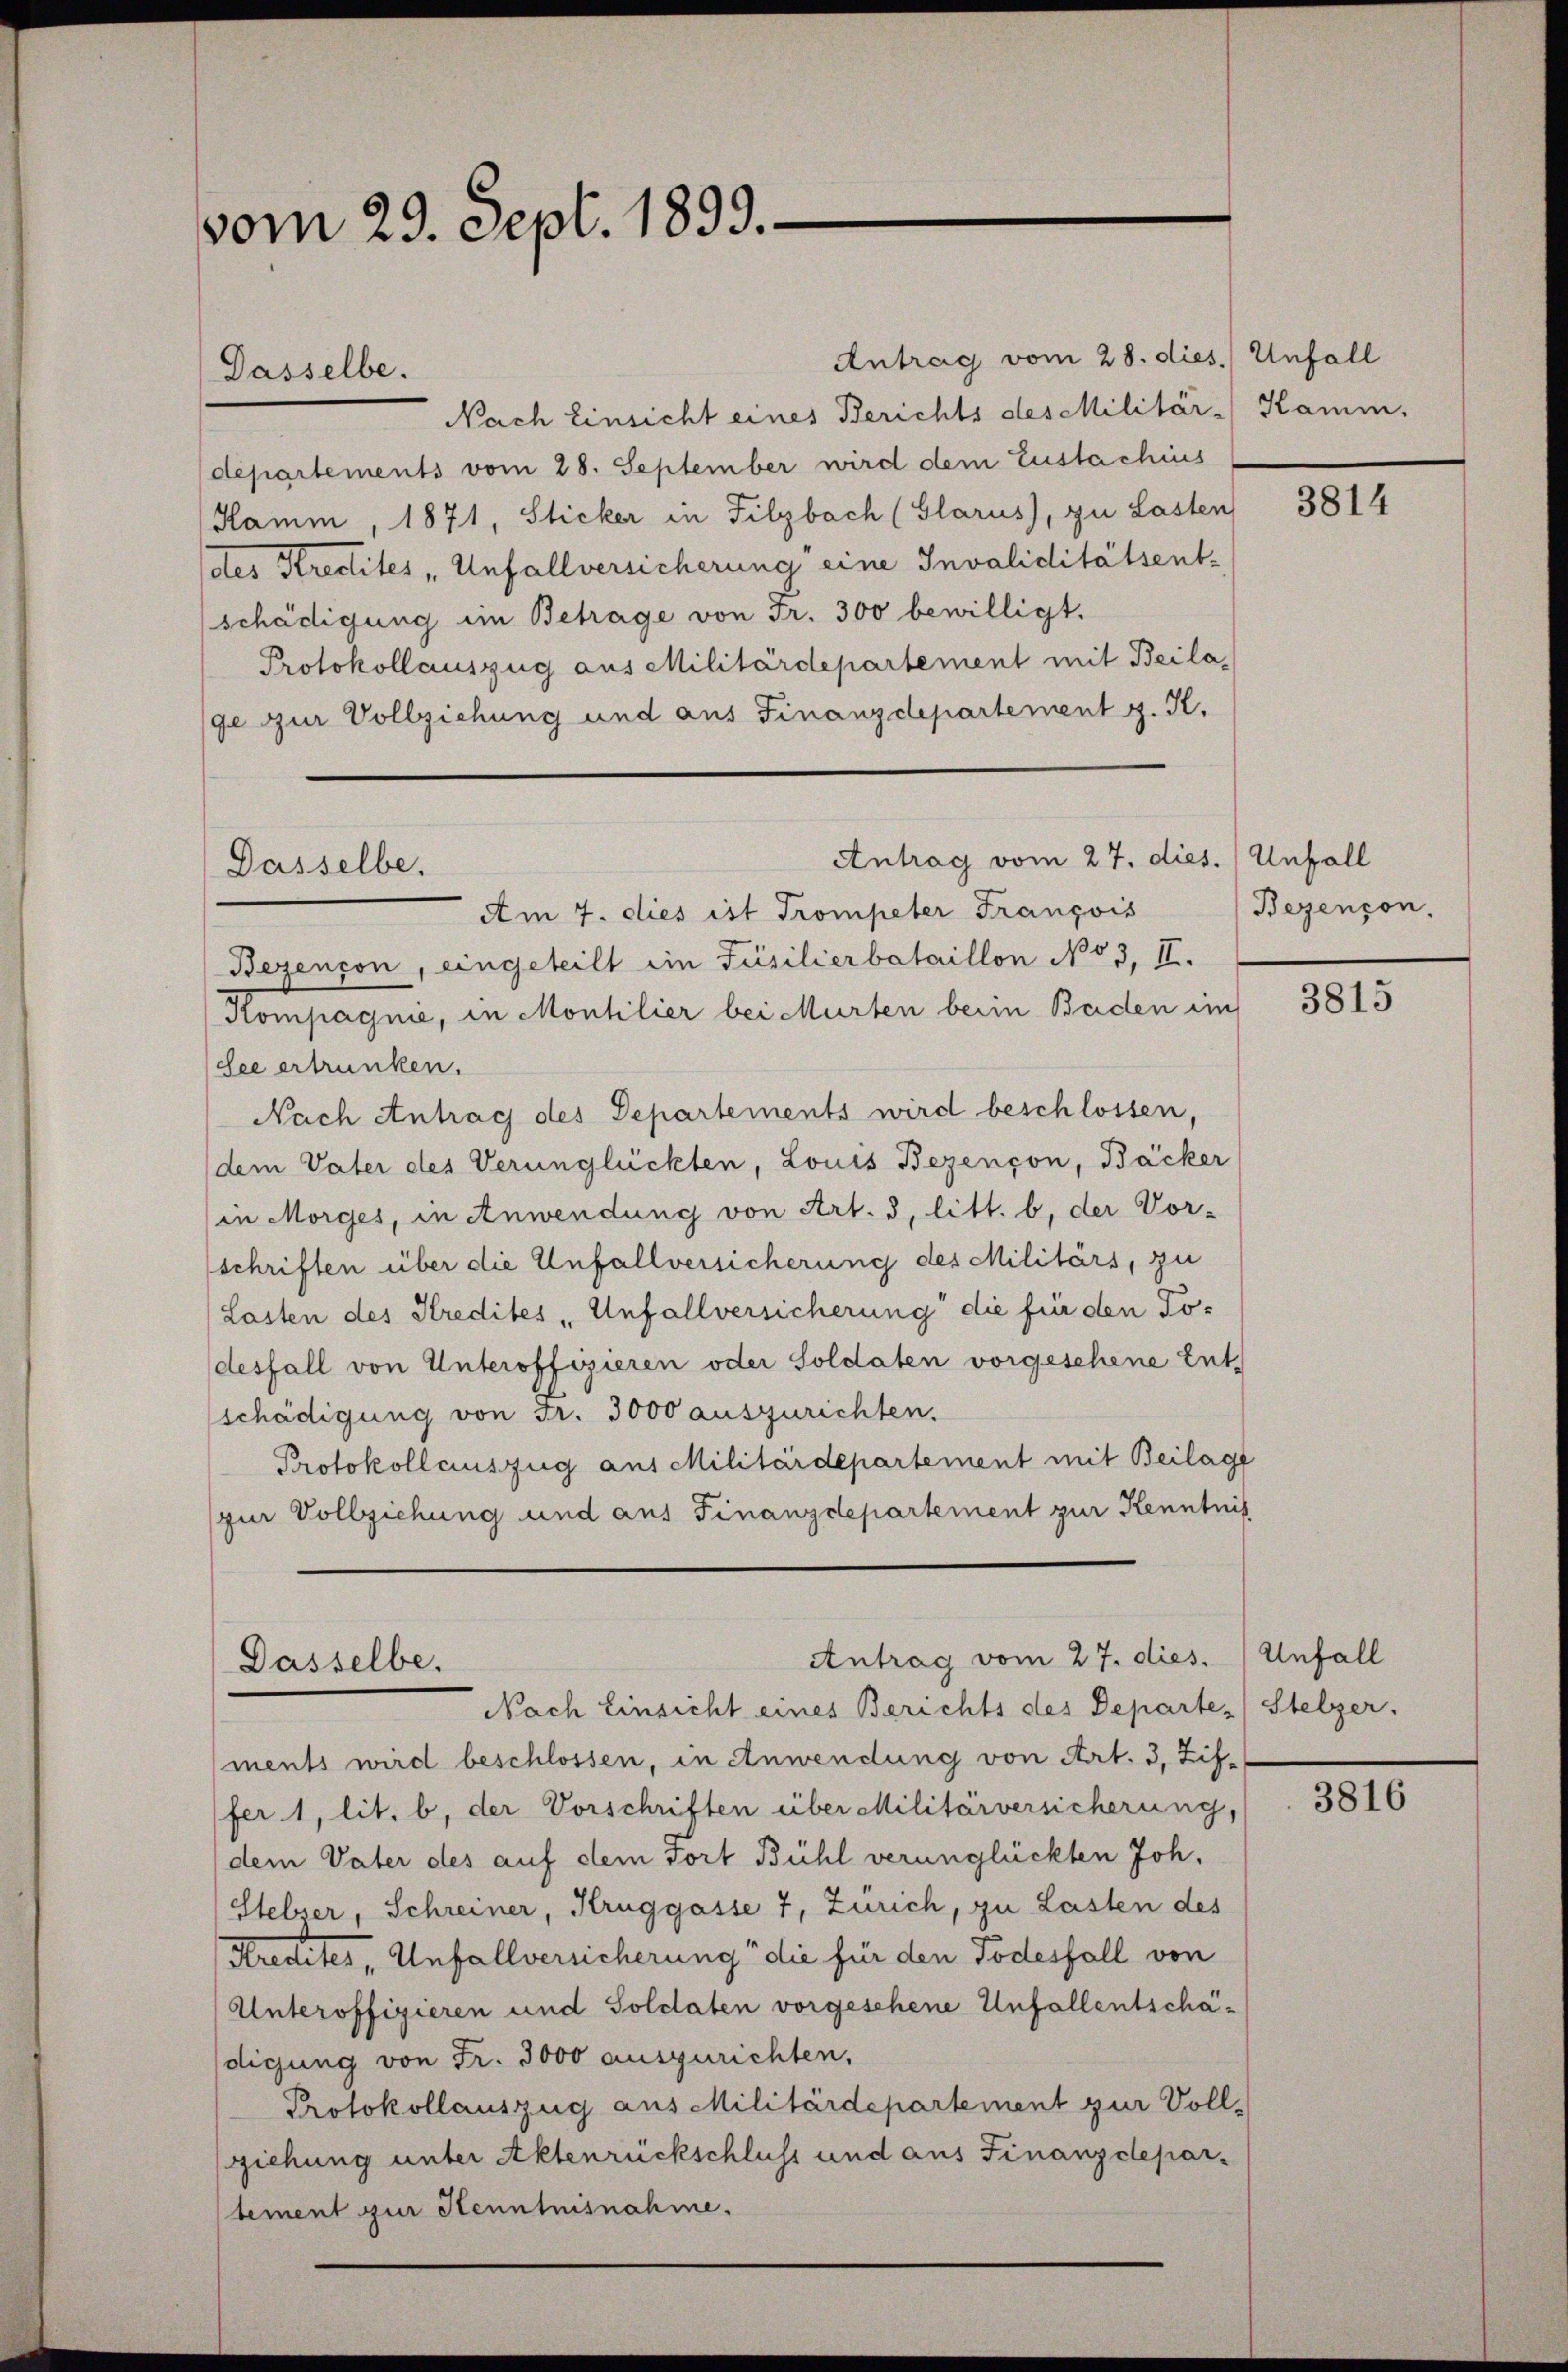
vom 29. Sept. 1899.

Dasselbe.

Dasselbe.

Antrag vom 28. dies Unfall
Nach Einsicht eines Berichts des Militär-Kamm.
departements vom 28. September wird dem Eustachius
Hamm, 1871, Sticker in Filzbach (Glarus), zu Lasten
des Kredites „Unfallversicherung eine Invaliditätsentschädigung im Betrage von Fr. 300 bewilligt.
Protokollauszug aus Militärdepartement mit Beila,
ge zur Vollziehung und aus Finanzdepartement z. K.
Am 7. dies ist Trompeter François
Bezencon, eingeteilt ein Päsilierbataillon No 3, II.
Kompagnie, in Monsilier bei Murten beim Baden im
dee ertrunken.
Nach Antrag des Departements wird beschlossen,
dem Vater des Verunglückten, Louis Bezençon, Bäcker
in Morges, in Anwendung von Art. 3, litt. b, der Vor-
schriften über die Unfallversicherung des Militärs, zu
Lasten des Kredites „Unfallversicherung die für den Todesfall von Unteroffizieren oder Soldaten vorgeschene Ent-
schädigung von Fr. 3000 auszurichten.
Protokollauszug aus Militärdepartement mit Beilage
zur Vollziehung und aus Finanzdepartement zur Kenntnis

Antrag vom 27. dies. Unfall

Dasselbe.

Antrag vom 27. dies. / Unfall

Nach Einsicht eines Berichts des Departe / Stelzer.
ments wird beschlossen, in Anwendung von Art. 3, Zif-
fer 1, lit. b, der Vorschriften über Militärversicherung,
dem Vater des auf dem Fort Bühl verunglückten Joh.
Stebser, Schreiner, Kruggasse 7, Zürich, zu Lasten des
Kredites Unfallversicherung" die für den Todesfall von
Unteroffizieren und Soldaten vorgesehene Unfallentschädigung von Fr. 3000 auszurichten,
Protokollauszug aus Militärdepartement zur Voll-
ziehung unter Aktenrückschluss und aus Finanzdepartement zur Henntnisnahme.

3814

Bezencon.

3815

3816